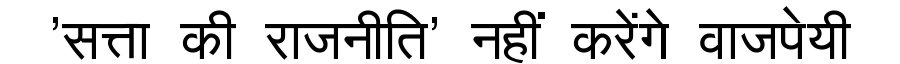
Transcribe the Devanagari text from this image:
'सत्ता की राजनीति' नहीं करेंगे वाजपेयी